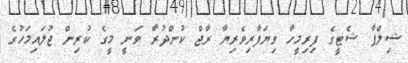
ޝިލްޕާ ޝެޓީގެ ފިރިމީހާ ވިޔަފާރިވެރިޔާ ރާޖް ކުންދުރާ ވަނީ މީގެ ކުރިން ޖުލައިމަހުގެ